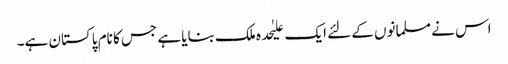
اس نے مسلمانوں کے لئے ایک علیٰحدہ ملک بنایا ہے جس کا نام پاکستان ہے۔